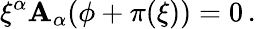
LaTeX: \xi^{\alpha}\mathbf{A}_{\alpha}(\phi+\pi(\xi))=0\, .